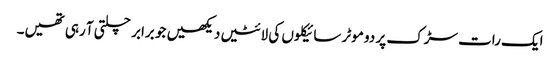
ایک رات سڑک پر دو موٹر سائیکلوں کی لائٹیں دیکھیں جو برابر چلتی آ رہی تھیں۔